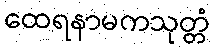
ထေရနာမကသုတ္တံ